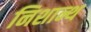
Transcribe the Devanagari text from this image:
निशान्थ